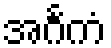
အင်္ဂကံ